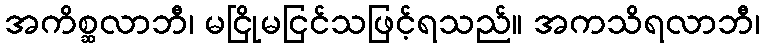
အကိစ္ဆလာဘီ၊ မငြိုမငြင်သဖြင့်ရသည်။ အကသိရလာဘီ၊